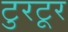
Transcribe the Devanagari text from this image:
टुरटूर